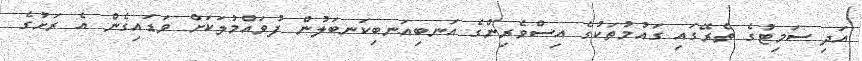
އަދި ސަމިޓުގެ ތެރޭގައި ގައުމުތަކުގެ އިސްވެރިންގެ އަނބިއަނބިކަނބަލުން ފުވައްމުލަކަށް ވަޑައިގެން އެ ރަށުގެ